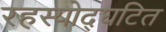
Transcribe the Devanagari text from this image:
रहस्योद्घटित